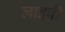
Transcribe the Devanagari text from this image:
लाइवी